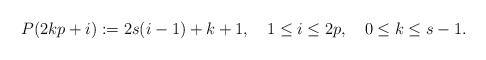
\begin{align*}P(2kp+i):=2s(i-1)+k+1, \quad 1\leq i\leq 2p,\quad 0\leq k\leq s-1.\end{align*}